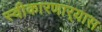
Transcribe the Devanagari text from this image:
स्वीकारणार्‍यास